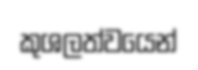
කුශලත්වයෙන්